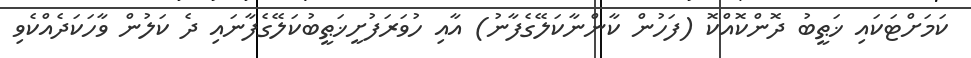
ކަމަށްޓަކައި ޚަޠީބު ދޮންކޮއްކޮ (ފަހުން ކާންނާކަލޭގެފާނު) އާއި ހުވަރަފުށީޚަޠީބުކަލޭގެފާނައި ދެ ކަލުން ވާހަކަދެއްކެވި